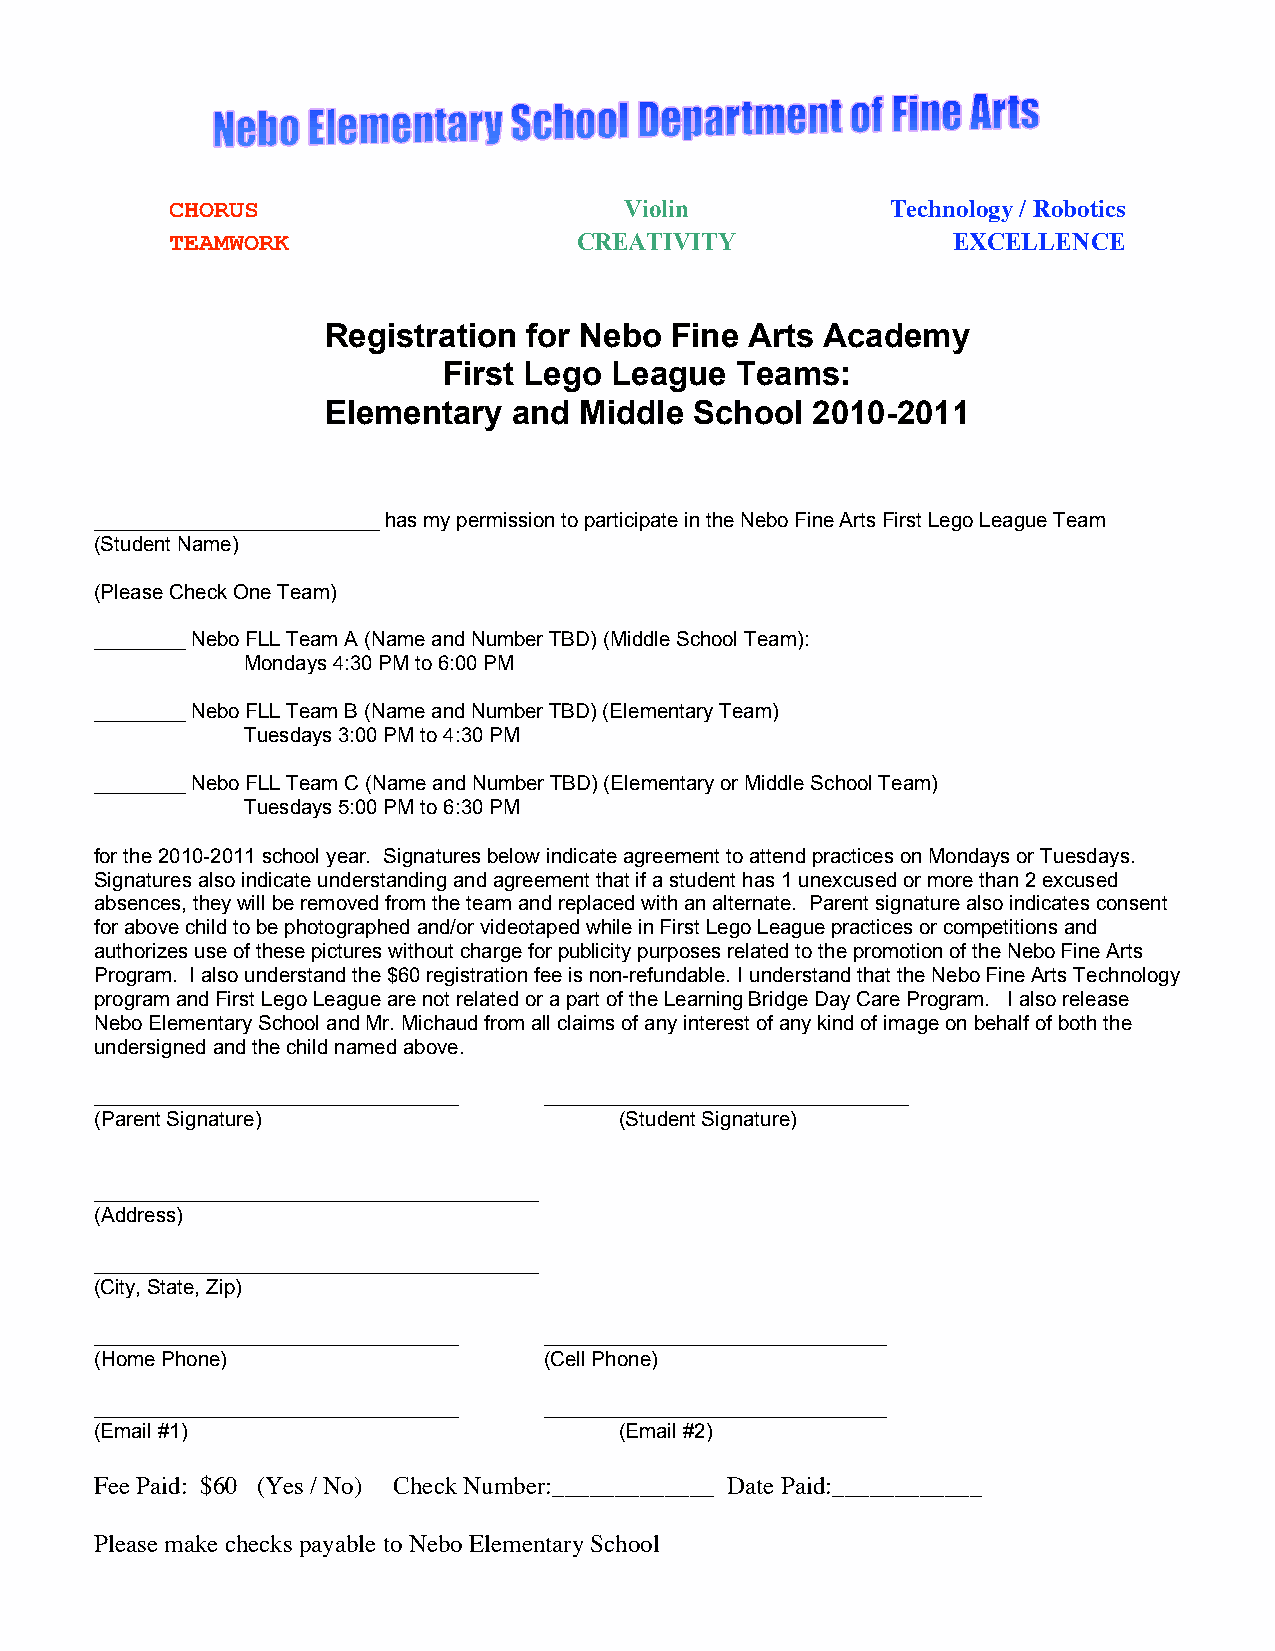
CHORUS                        Violin            Technology / Robotics
 TEAMWORK                   CREATIVITY               EXCELLENCE
 Registration  for Nebo Fine  Arts Academy
 First Lego League   Teams:
 Elementary   and Middle  School  2010-2011
 _________________________ has my permission to participate in the Nebo Fine Arts First Lego League Team
 (Student Name)
 (Please Check One Team)
 ________ Nebo FLL Team A (Name and Number TBD) (Middle School Team):
 Mondays 4:30 PM to 6:00 PM
 ________ Nebo FLL Team B (Name and Number TBD) (Elementary Team)
 Tuesdays 3:00 PM to 4:30 PM
 ________ Nebo FLL Team C (Name and Number TBD) (Elementary or Middle School Team)
 Tuesdays 5:00 PM to 6:30 PM
 for the 2010-2011 school year. Signatures below indicate agreement to attend practices on Mondays or Tuesdays.
 Signatures also indicate understanding and agreement that if a student has 1 unexcused or more than 2 excused
 absences, they will be removed from the team and replaced with an alternate. Parent signature also indicates consent
 for above child to be photographed and/or videotaped while in First Lego League practices or competitions and
 authorizes use of these pictures without charge for publicity purposes related to the promotion of the Nebo Fine Arts
 Program. I also understand the $60 registration fee is non-refundable. I understand that the Nebo Fine Arts Technology
 program and First Lego League are not related or a part of the Learning Bridge Day Care Program. I also release
 Nebo Elementary School and Mr. Michaud from all claims of any interest of any kind of image on behalf of both the
 undersigned and the child named above.
 ________________________________ ________________________________
 (Parent Signature)                 (Student Signature)
 _______________________________________
 (Address)
 _______________________________________
 (City, State, Zip)
 ________________________________ ______________________________
 (Home Phone)                  (Cell Phone)
 ________________________________ ______________________________
 (Email #1)                         (Email #2)
 Fee Paid: $60 (Yes / No) Check Number:_____________ Date Paid:____________
 Please make checks payable to Nebo Elementary School